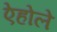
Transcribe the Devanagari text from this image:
ऐहोले